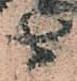
由